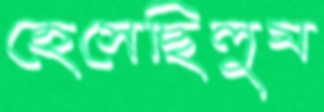
হেসেছিলুম